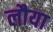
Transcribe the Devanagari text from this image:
लौया